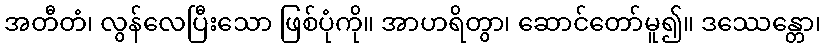
အတီတံ၊ လွန်လေပြီးသော ဖြစ်ပုံကို။ အာဟရိတွာ၊ ဆောင်တော်မူ၍။ ဒဿေန္တော၊